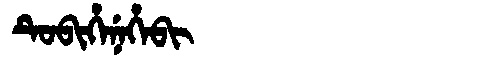
Manchu: ᡨᡠᠪᡳᡥᡝᠨᡝᡥᡝᠪᡳ
Romanization: TUBIHENEHEBI